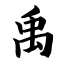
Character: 禹